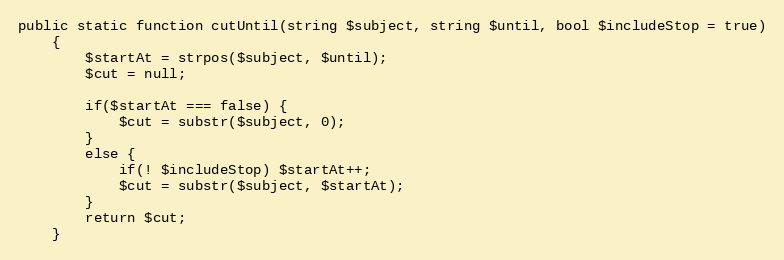
Language: PHP
public static function cutUntil(string $subject, string $until, bool $includeStop = true)
    {
        $startAt = strpos($subject, $until);
        $cut = null;

        if($startAt === false) {
            $cut = substr($subject, 0);
        }
        else {
            if(! $includeStop) $startAt++;
            $cut = substr($subject, $startAt);
        }
        return $cut;
    }